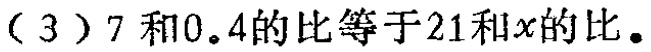
（3）$7$和$0.4$的比等于$21$和$x$的比。